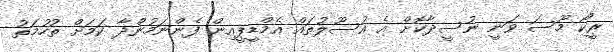
ރީކޯ މޫސަ ވަނީ ނުސީދާކޮށް އެ އުސޫލުތައް އެމްޑީޕީއިން ފެންނަމުންދާ ކަމަށް ތުހުމަތު